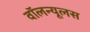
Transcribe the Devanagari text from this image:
वॉलन्यूलस